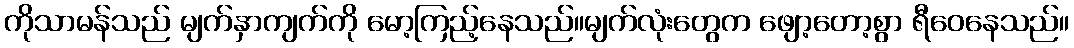
ကိုသာမန်သည် မျက်နှာကျက်ကို မော့ကြည့်နေသည်။မျက်လုံးတွေက ဖျော့တော့စွာ ရီဝေနေသည်။